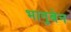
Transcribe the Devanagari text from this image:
भानुबेन